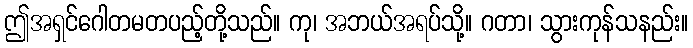
ဤအရှင်ဂေါတမတပည့်တို့သည်။ ကု၊ အဘယ်အရပ်သို့။ ဂတာ၊ သွားကုန်သနည်း။